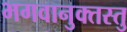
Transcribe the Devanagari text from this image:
भगवानुक्तस्तु